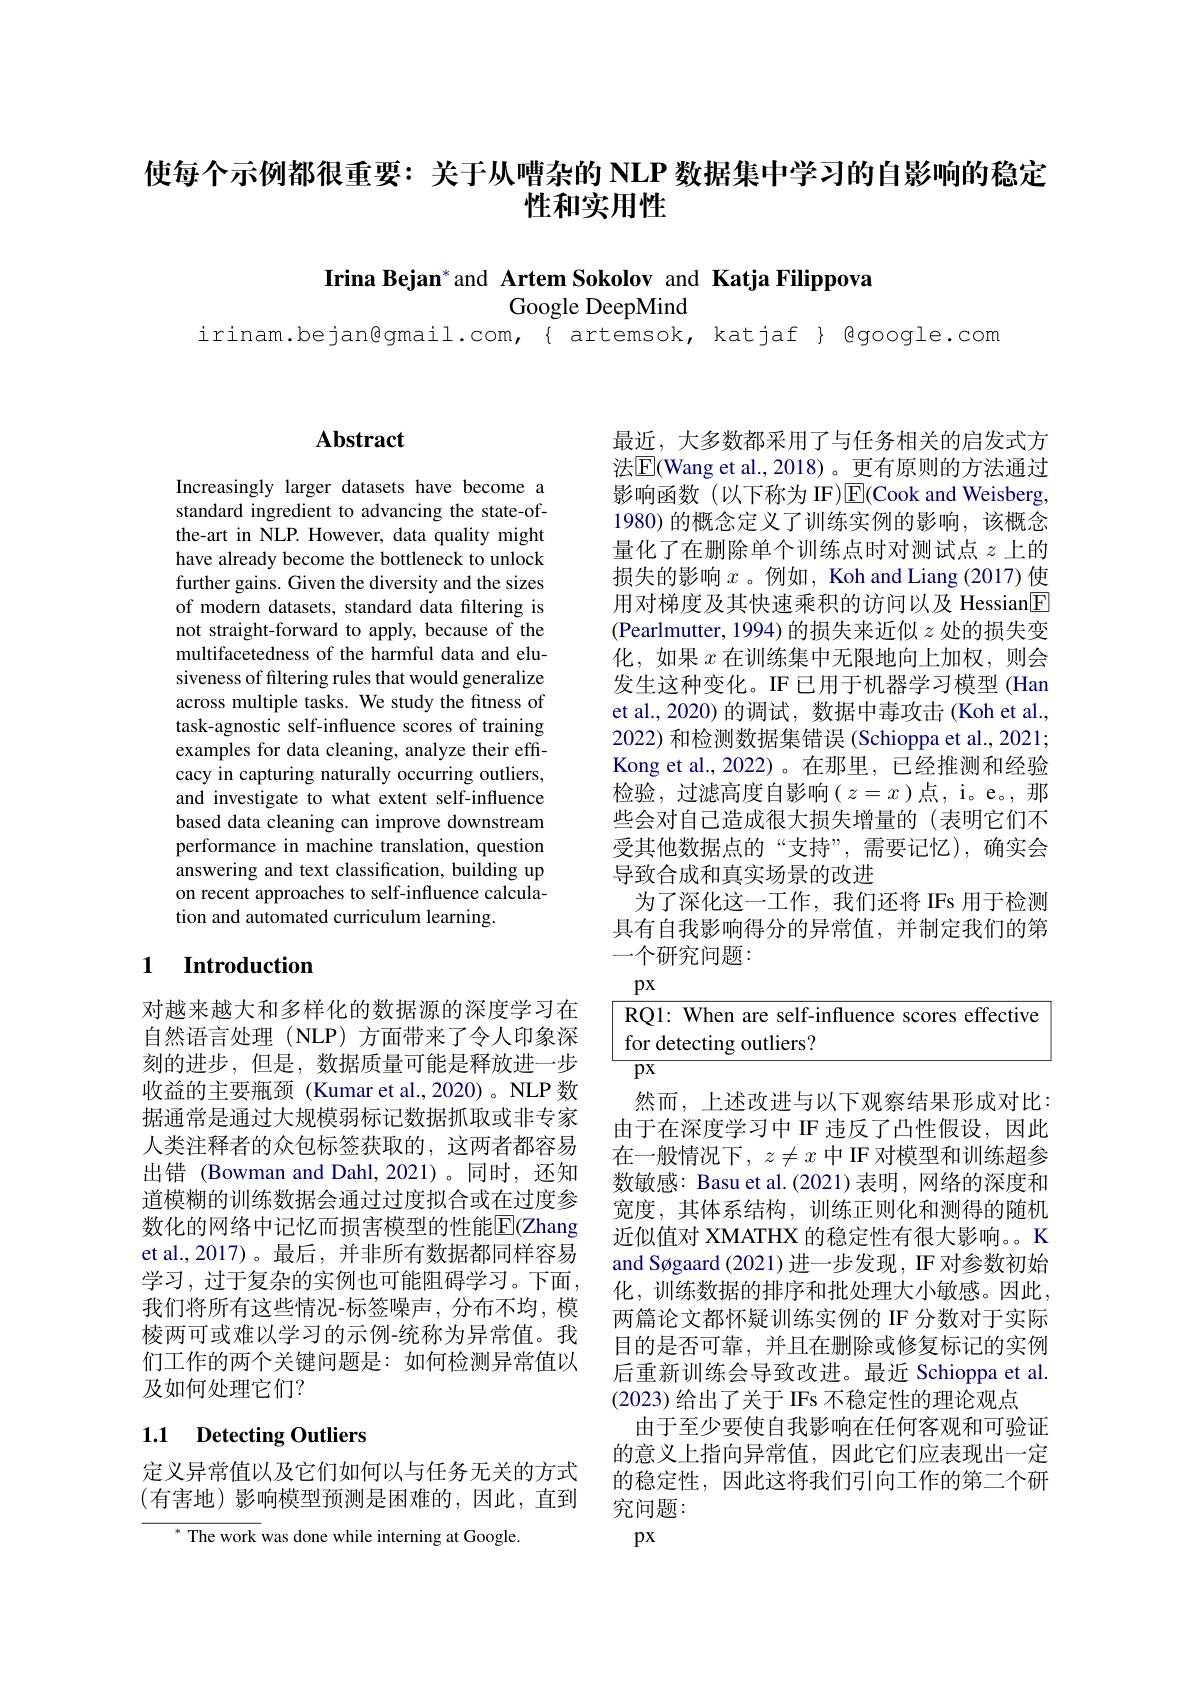
# 使每个示例都很重要：关于从嘈杂的 NLP 数据集中学习的自影响的稳定性和实用性

Irina Bejan* and Artem Sokolov and Katja Filippova

Google DeepMind
irinam.bejan@gmail.com,{ artemsok, katjaf} Qgoogle.com

## $\mathbf{Abstract}$

Increasingly larger datasets have become a standard ingredient to advancing the state-ofthe-art in NLP. However, data quality might have already become the bottleneck to unlock further gains. Given the diversity and the sizes of modern datasets, standard data filtering is not straight-forward to apply, because of the multifacetedness of the harmful data and elusiveness of filtering rules that would generalize across multiple tasks. We study the fitness of task-agnostic self-influence scores of training examples for data cleaning, analyze their efficacy in capturing naturally occurring outliers, and investigate to what extent self-influence based data cleaning can improve downstream performance in machine translation, question answering and text classification, building up on recent approaches to self-influence calculation and automated curriculum learning.

### 1 $\textbf{Introduction}$

对越来越大和多样化的数据源的深度学习在自然语言处理(NLP)方面带来了令人印象深刻的进步，但是，数据质量可能是释放进一步收益的主要瓶颈(Kumar et al.,2020)。NLP 数据通常是通过大规模弱标记数据抓取或非专家人类注释者的众包标签获取的，这两者都容易出错 (Bowman and Dahl,2021)。同时，还知道模糊的训练数据会通过过度拟合或在过度参数化的网络中记忆而损害模型的性能$\overline{\mathrm{E}}$(Zhang et al.,2017)。最后，并非所有数据都同样容易学习，过于复杂的实例也可能阻碍学习。下面， 我们将所有这些情况-标签噪声，分布不均，模棱两可或难以学习的示例-统称为异常值。我们工作的两个关键问题是：如何检测异常值以及如何处理它们？

## 1.1 Detecting Outliers

定义异常值以及它们如何以与任务无关的方式(有害地)影响模型预测是困难的，因此，直到

${^*\text{The work }}$was done while interning at Google.

最近，大多数都采用了与任务相关的启发式方法$\overline{\mathrm{E}}$(Wang et al.,2018)。更有原则的方法通过影响函数(以下称为 IF)$\operatorname{E}($Cook and Weisberg, 1980) 的概念定义了训练实例的影响，该概念量化了在删除单个训练点时对测试点$z$上的损失的影响$x$。例如，Koh and Liang (2017) 使用对梯度及其快速乘积的访问以及 Hessian$\boxed{\mathrm{F}}$ (Pearlmutter, 1994) 的损失来近似$z$处的损失变化，如果$x$在训练集中无限地向上加权，则会发生这种变化。IF 已用于机器学习模型 (Han et al., 2020) 的调试，数据中毒攻击 (Koh et al., 2022) 和检测数据集错误 (Schioppa et al., 2021; Kong et al.,2022)。在那里，已经推测和经验检验，过滤高度自影响$(z=x$)点，i。e。那些会对自己造成很大损失增量的(表明它们不受其他数据点的“支持”,需要记忆),确实会导致合成和真实场景的改进
为了深化这一工作，我们还将 IFs 用于检测具有自我影响得分的异常值，并制定我们的第一个研究问题：

$px$

$\boxed{\text{RQ1: When are self-influence scores effective}}$

for detecting outliers?

$\overline{\mathrm{px}}$
然而，上述改进与以下观察结果形成对比： 由于在深度学习中 IF 违反了凸性假设，因此在一般情况下，$z\neq x$中 IF 对模型和训练超参数敏感：Basu et al.(2021)表明，网络的深度和宽度，其体系结构，训练正则化和测得的随机近似值对 XMATHX 的稳定性有很大影响。K and Søgaard (2021)进一步发现，IF 对参数初始化，训练数据的排序和批处理大小敏感。因此， 两篇论文都怀疑训练实例的 IF 分数对于实际目的是否可靠，并且在删除或修复标记的实例后重新训练会导致改进。最近 Schioppa et al. (2023)给出了关于 IFs 不稳定性的理论观点
由于至少要使自我影响在任何客观和可验证的意义上指向异常值，因此它们应表现出一定的稳定性，因此这将我们引向工作的第二个研究问题：
$px$